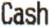
CASH